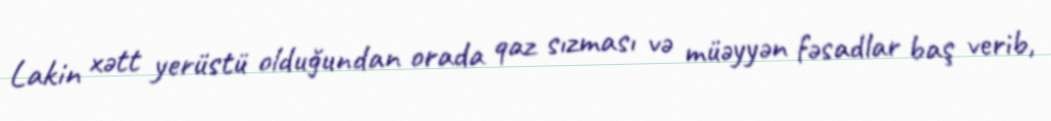
Lakin xətt yerüstü olduğundan orada qaz sızması və müəyyən fəsadlar baş verib,